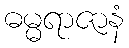
ဓမ္မရာဇာနံ